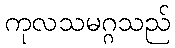
ကုလသမဂ္ဂသည်